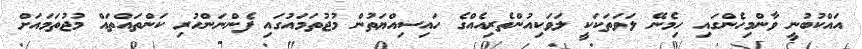
އައްކުބުނީ ވާންމިހެންގައި ހިމެނޭ ލަވަތަކަކީ ލަވަކިއުންތެރިއެއްގެ ހައިސިއްޔަތުން މުޖުތަމައުގައި ފެންނަންހުރި ކަންތައްތައް މުޖުތަމައަށް